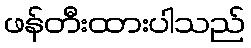
ဖန်တီးထားပါသည်